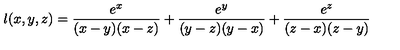
l ( x , y , z ) = \frac { e ^ { x } } { ( x - y ) ( x - z ) } + \frac { e ^ { y } } { ( y - z ) ( y - x ) } + \frac { e ^ { z } } { ( z - x ) ( z - y ) }